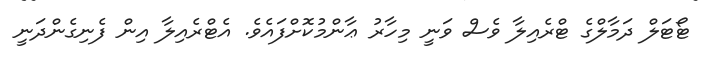
ޓޯޓަލް ދަމާލްގެ ޓްރެއިލާ ވެސް ވަނީ މިހާރު ޢާންމުކޮށްފައެވެ. އެޓްރެއިލާ އިން ފެނިގެންދަނީ